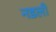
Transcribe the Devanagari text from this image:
नडली